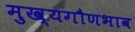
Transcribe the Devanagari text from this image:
मुख्यगौणभाव